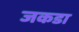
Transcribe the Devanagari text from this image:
जकडा